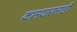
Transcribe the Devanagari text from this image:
कामदारानाही